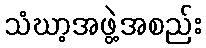
သံဃာ့အဖွဲ့အစည်း